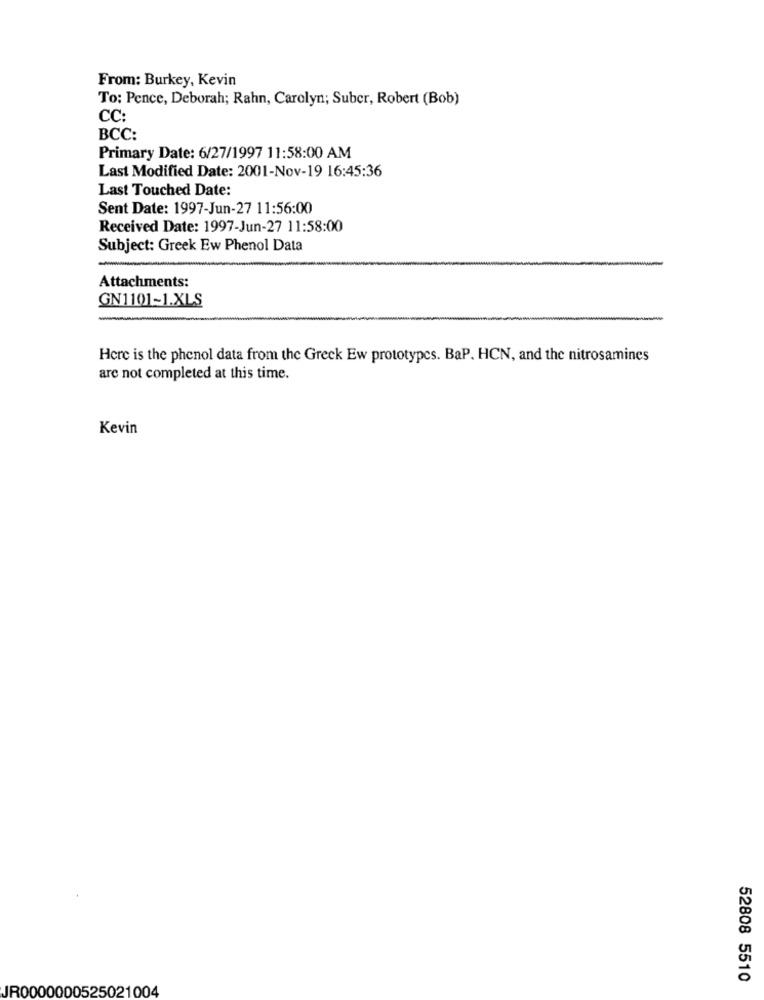
From: Burkey, Kevin
To: Pence, Deborah; Rahn, Carolyn; Suber, Robert (Bob)
CC:
BCC:
Primary Date: 6/27/1997 11:58:00 AM
Last Modified Date: 2001-Nov-19 16:45:36
Last Touched Date:
Sent Date: 1997-Jun-27 11:56:00
Received Date: 1997-Jun-27 11:58:00
Subject: Greek Ew Phenol Data
Attachments:
GN1101-1.XLS
Here is the phenol data from the Greek Ew prototypes. BaP. HCN, and the nitrosamines
are not completed at this time.
Kevin
52808 5510
JR0000000525021004